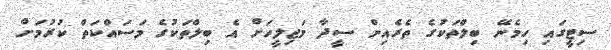
ސިޓީގައި ހިމެނޭ ބިލްތަކުގެ ތެރެއިން ސީދާ މަޖިލީހަށް އެ ބިލްތަކުގެ މަސައްކަތް ކުުރުމަށް